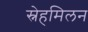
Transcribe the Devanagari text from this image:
स्नेहमिलन